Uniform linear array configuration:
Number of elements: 4
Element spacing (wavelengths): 0.25
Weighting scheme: binomial
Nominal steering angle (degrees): -15
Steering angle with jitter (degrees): -13.184
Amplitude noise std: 0.05
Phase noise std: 0.05

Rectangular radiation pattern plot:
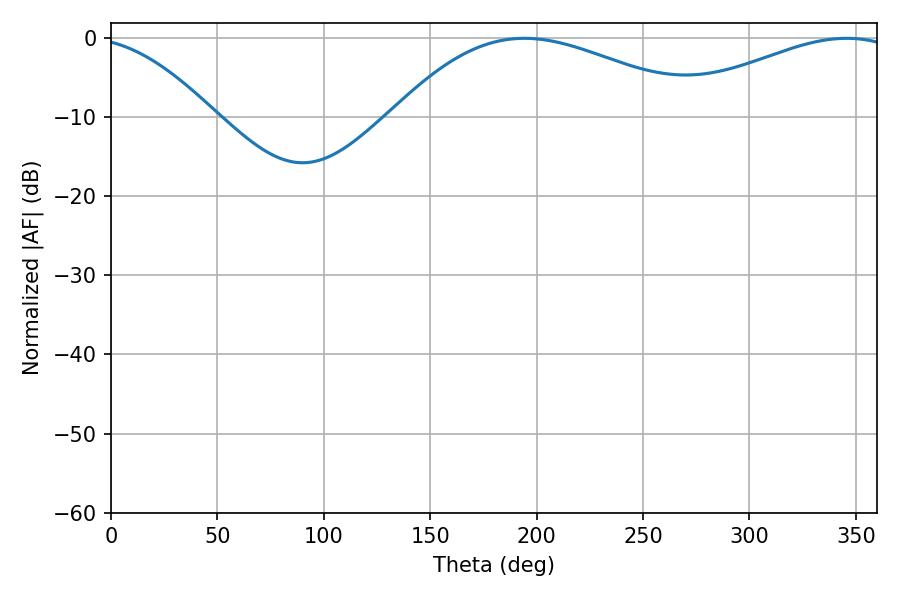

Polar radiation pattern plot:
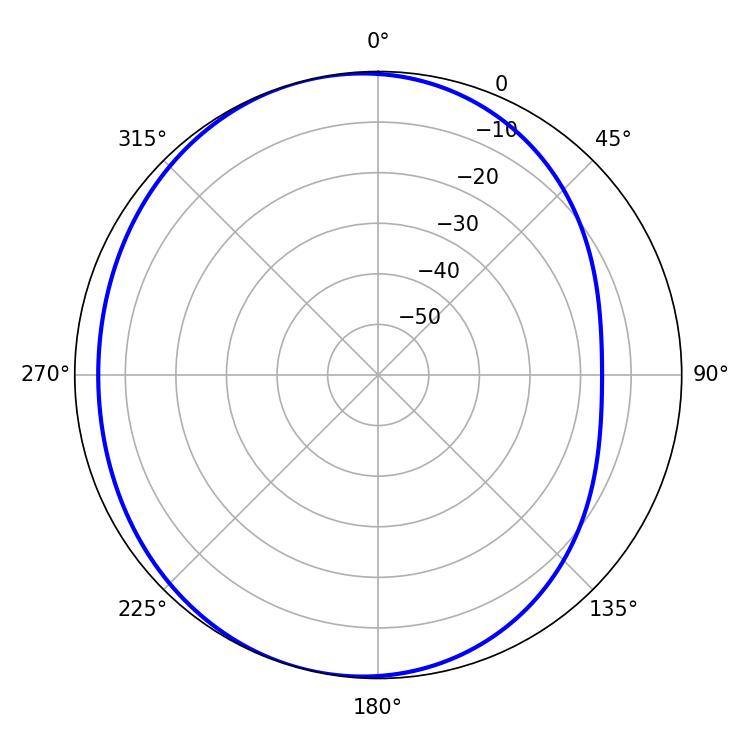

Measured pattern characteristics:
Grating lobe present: FALSE
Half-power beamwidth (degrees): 79.74
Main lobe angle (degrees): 194.22